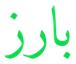
بارز